Civil Veterinary Dept. Assam report 1927-50 - 1927-1950
Year: 1927
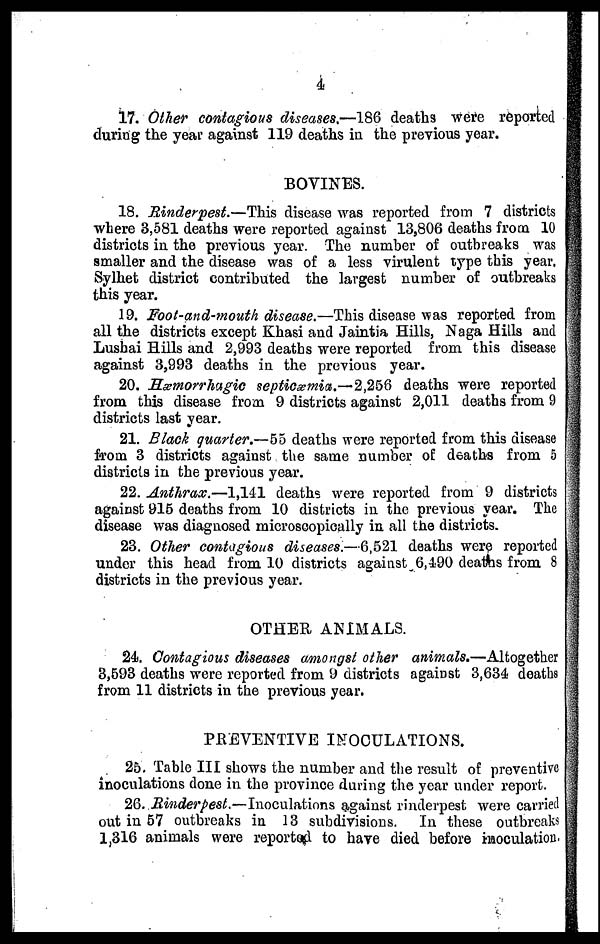
4
17. Other contagious diseases.—186 deaths were reported
during the year against 119 deaths in the previous year.
BOVINES.
18. Rinderpest.—This disease was reported from 7 districts
where 3,581 deaths were reported against 13,806 deaths from 10
districts in the previous year. The number of outbreaks was
smaller and the disease was of a less virulent type this year.
Sylhet district contributed the largest number of outbreaks
this year.
19. Foot-and-mouth disease.—This disease was reported from
all the districts except Khasi and Jaintia Hills, Naga Hills and
Lushai Hills and 2,993 deaths were reported from this disease
against 3,993 deaths in the previous year.
20. Hæmorrhagic septicæmia.— 2,256 deaths were reported
from this disease from 9 districts against 2,011 deaths from 9
districts last year.
21. Black quarter.—55 deaths were reported from this disease
from 3 districts against the same number of deaths from 5
districts in the previous year.
22. Anthrax.—1,141 deaths were reported from 9 districts
against 915 deaths from 10 districts in the previous year. The
disease was diagnosed microscopically in all the districts.
23. Other contagious diseases.—6,521 deaths were reported
under this head from 10 districts against 6,490 deaths from 8
districts in the previous year.
OTHER ANIMALS.
24. Contagious diseases amongst other animals,—Altogether
3,593 deaths were reported from 9 districts against 3,634 deaths
from 11 districts in the previous year.
PREVENTIVE INOCULATIONS.
25. Table III shows the number and the result of preventive
inoculations done in the province during the year under report.
26. Rinderpest.—Inoculations
against rinderpest were carried
out in 57 outbreaks in 13 subdivisions. In these outbreaks
1,316 animals were reported to have died before inoculation.